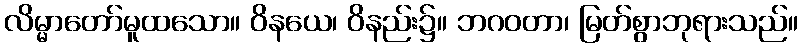
လိမ္မာတော်မူထသော။ ဝိနယေ၊ ဝိနည်း၌။ ဘဂဝတာ၊ မြတ်စွာဘုရားသည်။